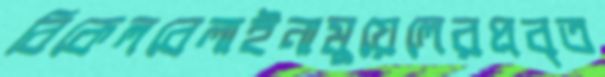
বিকেলবেলাইনামুয়েলেরপ্রবৃত